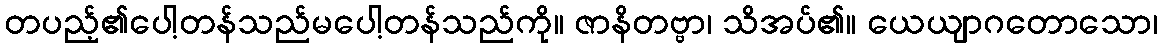
တပည့်၏ပေါ့တန်သည်မပေါ့တန်သည်ကို။ ဇာနိတဗ္ဗာ၊ သိအပ်၏။ ယေယျာဂတောသော၊